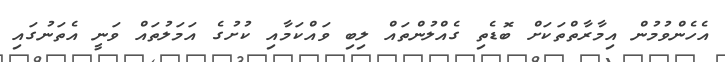
އެހެންވުމުން އިމާރާތްތަކަށް ބޮޑެތި ގެއްލުންތައް ލިބި ވައްކަމާއި ކުށުގެ އަމަލުތައް ވަނީ އެތަނުގައި